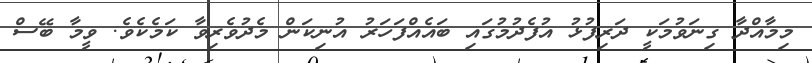
މިމާއްދާ ގިނަވުމަކީ ދަރިފުޅު އުފެދުމުގައި ބައެއްފަހަރު އުނިކަން މެދުވެރިވާ ކަމެކެވެ. ވީމާ ބޭސް